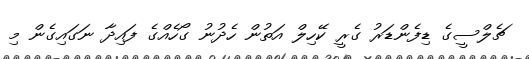
ޗެލްސީގެ ޑިފެންޑަރު ގެރީ ކޭހިލް އަތުން ހެދުނު ގޯހެއްގެ ފައިދާ ނަގައިގެން މި